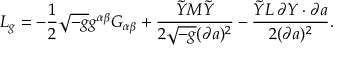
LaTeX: { \cal L } _ { g } = - { \frac { 1 } { 2 } } \sqrt { - g } g ^ { \alpha \beta } G _ { \alpha \beta } + { \frac { \tilde { Y } M \tilde { Y } } { 2 \sqrt { - g } ( \partial a ) ^ { 2 } } } - { \frac { \tilde { Y } L \, \partial Y \cdot \partial a } { 2 ( \partial a ) ^ { 2 } } } .